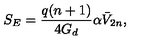
S _ { E } = \frac { q ( n + 1 ) } { 4 G _ { d } } \alpha \bar { V } _ { 2 n } ,